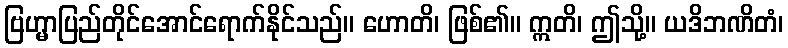
ဗြဟ္မာပြည်တိုင်အောင်ရောက်နိုင်သည်။ ဟောတိ၊ ဖြစ်၏။ ဣတိ၊ ဤသို့။ ယဒိဘဏိတံ၊